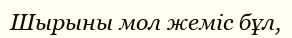
Шырыны мол жеміс бұл,